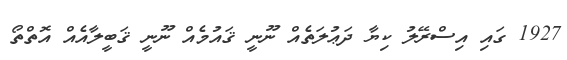
1927 ގައި އިސްރޭލު ކިޔާ ދަޢުލަތެއް ނޫނީ ޤައުމެއް ނޫނީ ޤަބީލާއެއް އޮތްތޯ